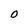
Character: O